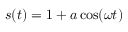
s ( t ) = 1 + a \cos ( \omega t )